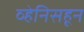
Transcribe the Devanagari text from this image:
व्हेनिसहून